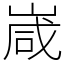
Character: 嵅